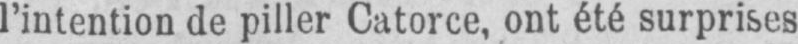
l’intention de piller Catorce, ont été surprises